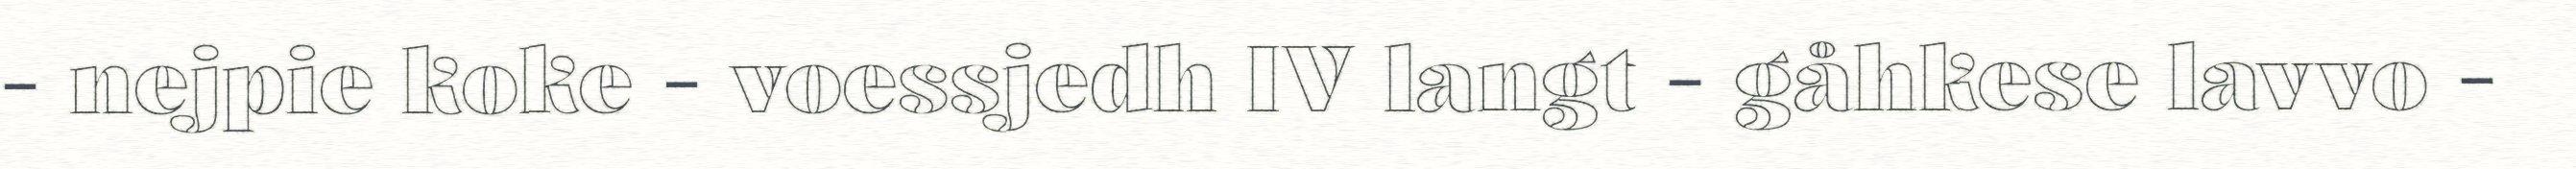
- nejpie koke - voessjedh IV langt - gåhkese lavvo -